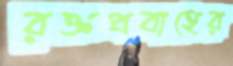
রক্তপ্রবাহের